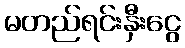
မတည်ရင်းနှီးငွေ